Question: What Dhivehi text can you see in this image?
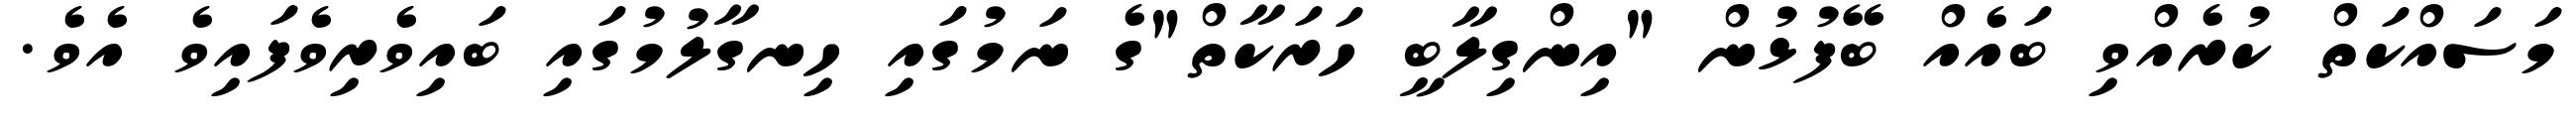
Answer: މަސައްކަތް ކުރެއްވި ބައެއް ބޭފުޅުން "އިންގިލާބީ ހަރަކާތް"ގެ ނަމުގައި ހިނގާލުމުގައި ބައިވެރިވެފައިވެ އެވެ.